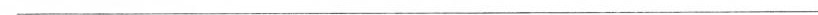
————————————